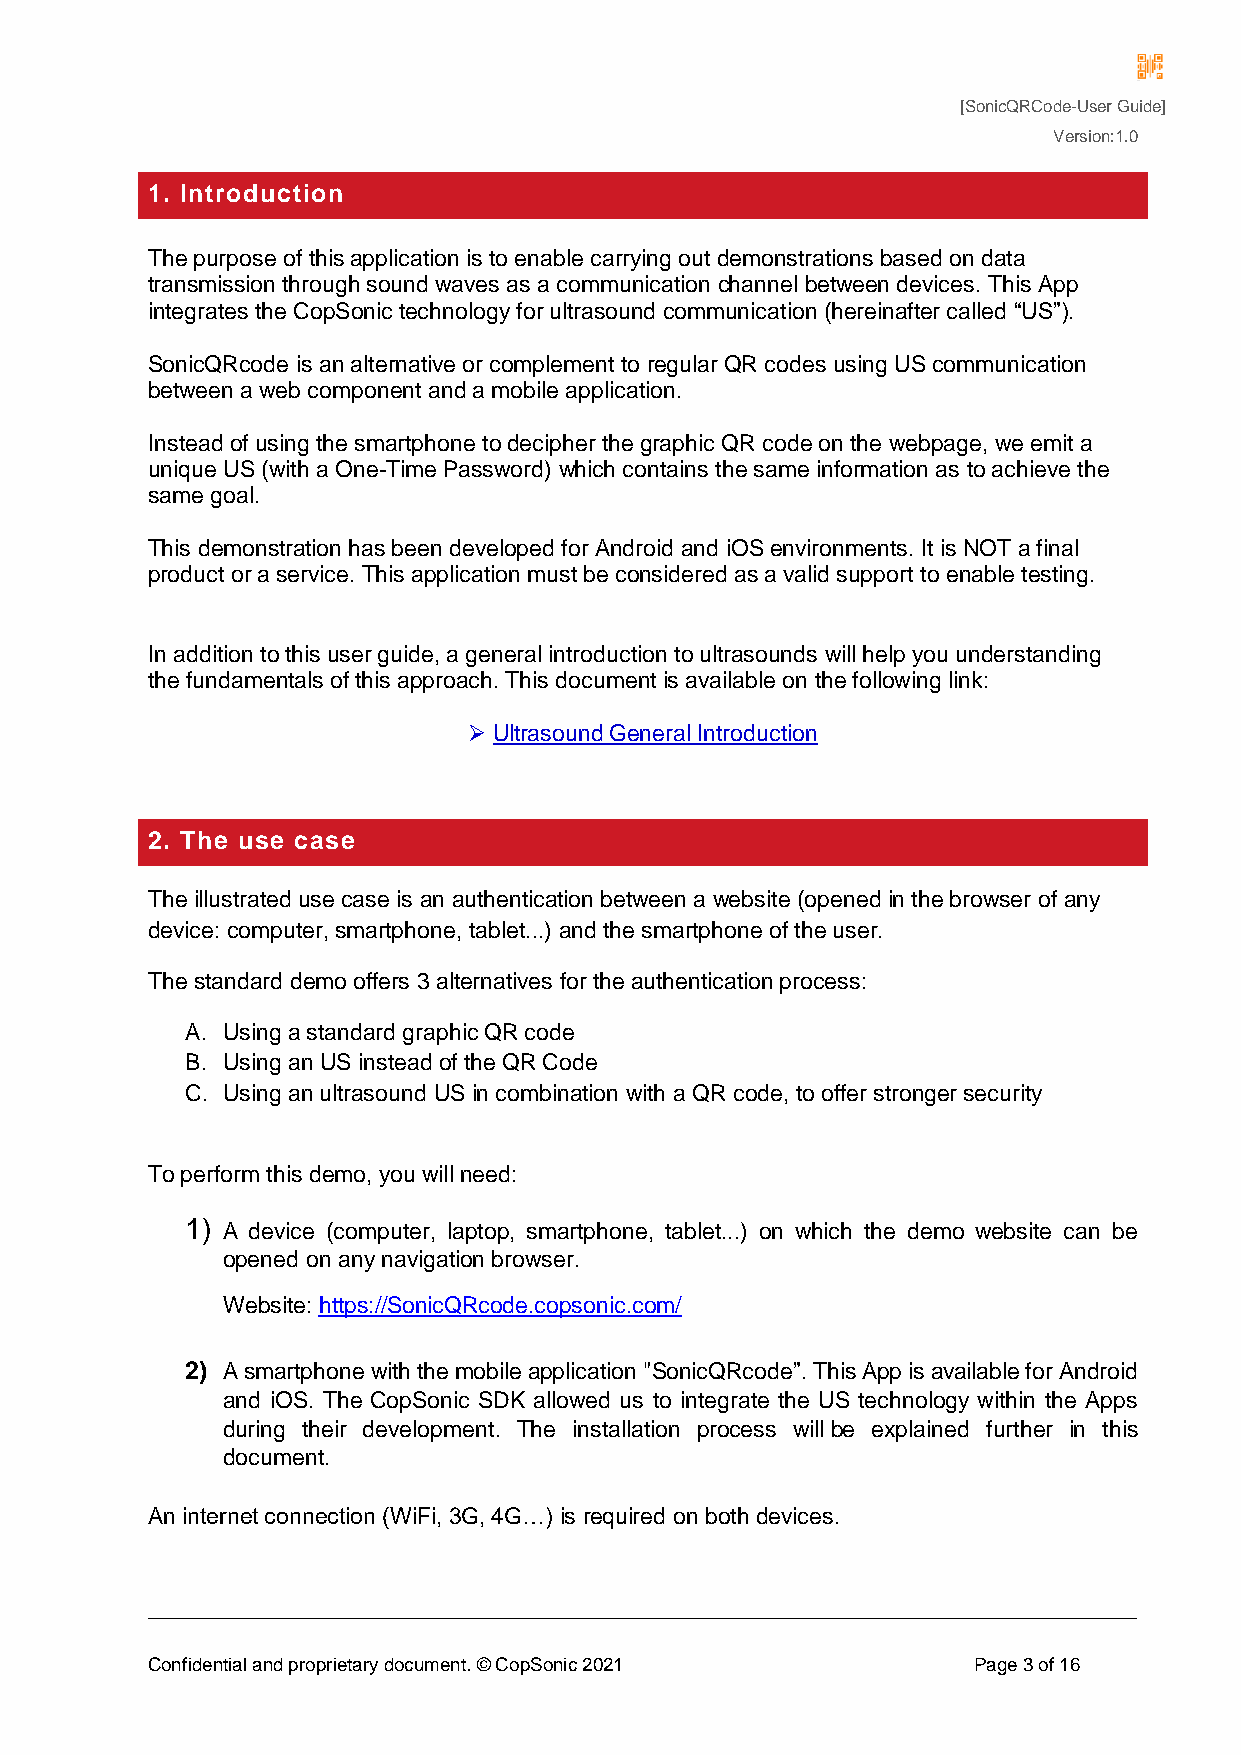
[SonicQRCode-User Guide]
 Version:1.0
 1. Introduction
 The purpose of this application is to enable carrying out demonstrations based on data
 transmission through sound waves as a communication channel between devices. This App
 integrates the CopSonic technology for ultrasound communication (hereinafter called “US”).
 SonicQRcode is an alternative or complement to regular QR codes using US communication
 between a web component and a mobile application.
 Instead of using the smartphone to decipher the graphic QR code on the webpage, we emit a
 unique US (with a One-Time Password) which contains the same information as to achieve the
 same goal.
 This demonstration has been developed for Android and iOS environments. It is NOT a final
 product or a service. This application must be considered as a valid support to enable testing.
 In addition to this user guide, a general introduction to ultrasounds will help you understanding
 the fundamentals of this approach. This document is available on the following link:
  Ultrasound General Introduction
 2. The use case
 The illustrated use case is an authentication between a website (opened in the browser of any
 device: computer, smartphone, tablet...) and the smartphone of the user.
 The standard demo offers 3 alternatives for the authentication process:
 A. Using a standard graphic QR code
 B. Using an US instead of the QR Code
 C. Using an ultrasound US in combination with a QR code, to offer stronger security
 To perform this demo, you will need:
 1) A device (computer, laptop, smartphone, tablet...) on which the demo website can be
 opened on any navigation browser.
 Website: https://SonicQRcode.copsonic.com/
 2) A smartphone with the mobile application "SonicQRcode”. This App is available for Android
 and iOS. The CopSonic SDK allowed us to integrate the US technology within the Apps
 during their development. The installation process will be explained further in this
 document.
 An internet connection (WiFi, 3G, 4G…) is required on both devices.
 Confidential and proprietary document. © CopSonic 2021 Page 3 of 16